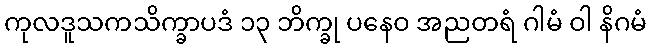
ကုလဒူသကသိက္ခာပဒံ ၁၃ ဘိက္ခု ပနေဝ အညတရံ ဂါမံ ဝါ နိဂမံ